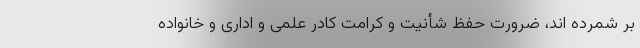
بر شمرده اند، ضرورت حفظ شأنیت و کرامت کادر علمی و اداری و خانواده